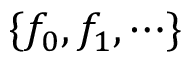
\{ f _ { 0 } , f _ { 1 } , \cdots \}